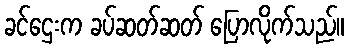
ခင်ဌေးက ခပ်ဆတ်ဆတ် ပြောလိုက်သည်။